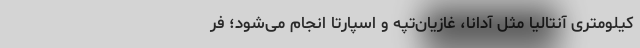
کیلومتری آنتالیا مثل آدانا، غازیان‌تپه و اسپارتا انجام می‌شود؛ فر